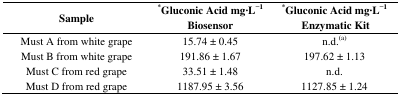
<table><thead><tr><td><b>Sample</b></td><td><b>*Gluconic Acid mg·L<sup>−1</sup> Biosensor</b></td><td><b>*Gluconic Acid mg·L<sup>−1</sup> Enzymatic Kit</b></td></tr></thead><tbody><tr><td>Must A from white grape</td><td>15.74 ± 0.45</td><td>n.d.<sup>(a)</sup></td></tr><tr><td>Must B from white grape</td><td>191.86 ± 1.67</td><td>197.62 ± 1.13</td></tr><tr><td>Must C from red grape</td><td>33.51 ± 1.48</td><td>n.d.</td></tr><tr><td>Must D from red grape</td><td>1187.95 ± 3.56</td><td>1127.85 ± 1.24</td></tr></tbody></table>